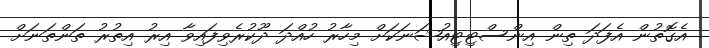
އެގޮތުން އެފަދަ ތިން އިންސްޓިޓިއުޝަނަކަށް މިހާރު ހުއްދަ ދޫކުރެވިފައިވާ އިރު އިތުރު ތަންތަނަށް